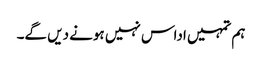
ہم تمہیں اداس نہیں ہونے دیں گے۔